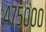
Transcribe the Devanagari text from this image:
४७५०००